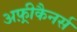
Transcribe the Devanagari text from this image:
अफ़्रीकैनर्स